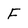
Character: F